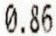
0.86